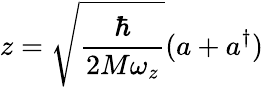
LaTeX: z=\sqrt{\frac{\hbar}{2M\omega_{z}}}(a+a^{\dagger})